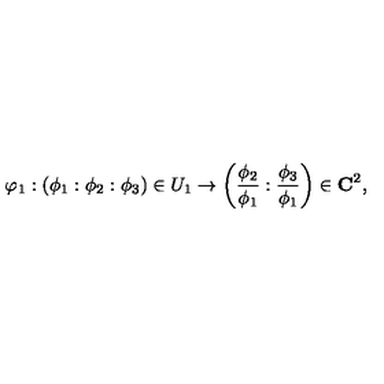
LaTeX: \varphi _ { 1 } : ( \phi _ { 1 } : \phi _ { 2 } : \phi _ { 3 } ) \in U _ { 1 } \rightarrow \left( { \frac { \phi _ { 2 } } { \phi _ { 1 } } } : { \frac { \phi _ { 3 } } { \phi _ { 1 } } } \right) \in { \bf C } ^ { 2 } ,